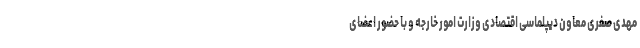
مهدی صفری معاون دیپلماسی اقتصادی وزارت امور خارجه و با حضور اعضای